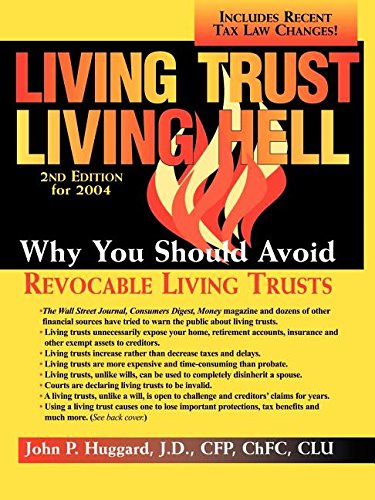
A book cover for Living Trust Living Hell; J.D. Huggard; Law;